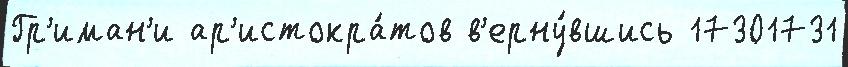
Гр'иман'и ар'истокра́тов в'ерну́вшись 17301731